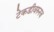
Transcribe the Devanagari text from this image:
टेकडीवरुनच